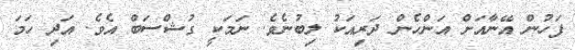
ފަހުން އޭނާއަށް އަންހެން ދަރިއަކު ލިބުނެވެ. ނަމަކީ ގުޝްސަބް އެވެ. އަދި ހަމަ